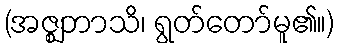
(အဇ္ဈဘာသိ၊ ရွတ်တော်မူ၏။)